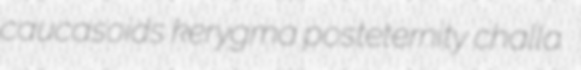
caucasoids kerygma posteternity challa